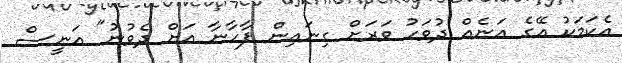
އެކަމަކު އޭގެ އަނެއް ދުވަހު ވަރަށް ގިނައިން ފާހާނާ އަށް ދެވުނު" އަނީސް